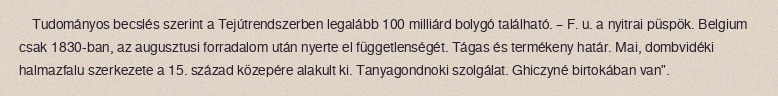
Tudományos becslés szerint a Tejútrendszerben legalább 100 milliárd bolygó található. – F. u. a nyitrai püspök. Belgium csak 1830-ban, az augusztusi forradalom után nyerte el függetlenségét. Tágas és termékeny határ. Mai, dombvidéki halmazfalu szerkezete a 15. század közepére alakult ki. Tanyagondnoki szolgálat. Ghiczyné birtokában van".